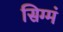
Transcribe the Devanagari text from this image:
सिग्मं